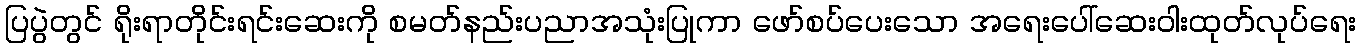
ပြပွဲတွင် ရိုးရာတိုင်းရင်းဆေးကို စမတ်နည်းပညာအသုံးပြုကာ ဖော်စပ်ပေးသော အရေးပေါ်ဆေးဝါးထုတ်လုပ်ရေး